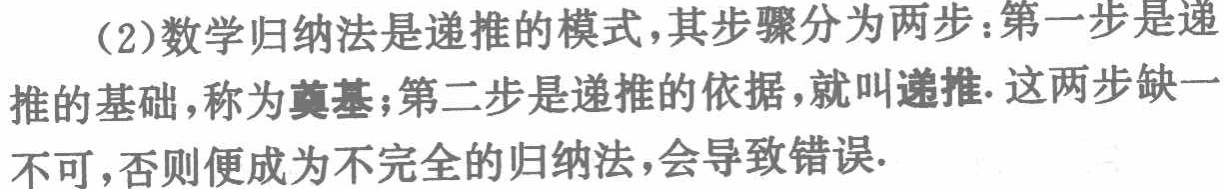
（2）数学归纳法是递推的模式，其步骤分为两步：第一步是递推的基础，称为奠基；第二步是递推的依据，就叫递推. 这两步缺一不可，否则便成为不完全的归纳法，会导致错误.